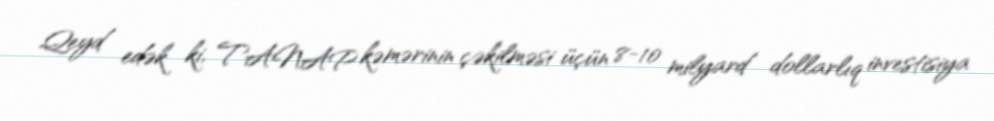
Qeyd edək ki, TANAP kəmərinin çəkilməsi üçün 8-10 milyard dollarlıq investisiya